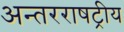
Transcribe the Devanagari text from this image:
अन्तरराषट्रीय